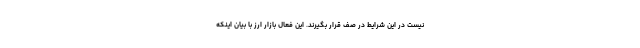
نیست در این شرایط در صف قرار بگیرند. این فعال بازار ارز با بیان اینکه